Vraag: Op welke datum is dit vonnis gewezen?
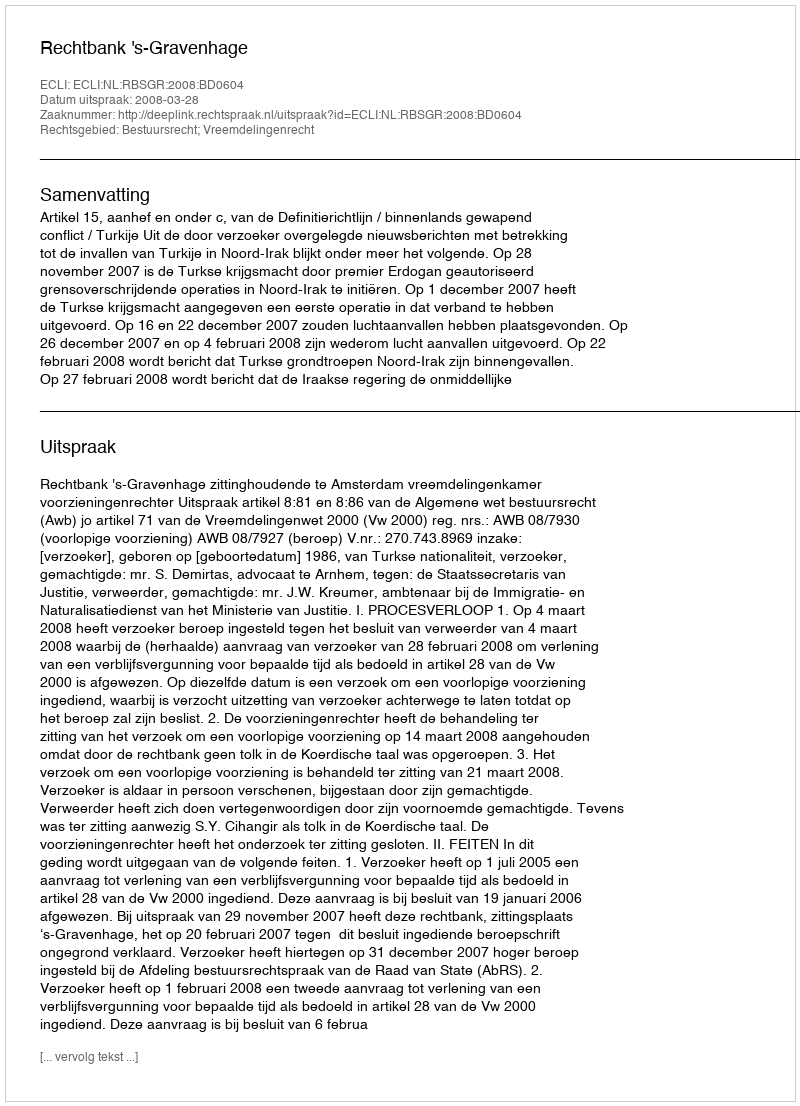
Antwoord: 2008-03-28